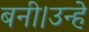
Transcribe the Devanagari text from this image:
बनी।उन्हे